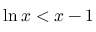
\ln x < x - 1